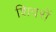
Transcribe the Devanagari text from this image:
शिवरों